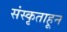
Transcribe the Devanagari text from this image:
संस्कृताहून